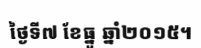
ថ្ងៃទី៧ ខែធ្នូ ឆ្នាំ២០១៥។